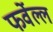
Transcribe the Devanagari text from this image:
फर्वेल्ल